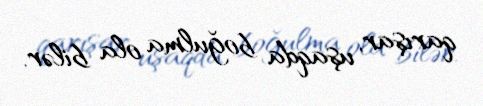
qarışar, uşaqda boğulma ola bilər.